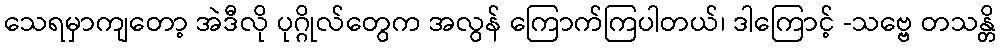
သေရမှာကျတော့ အဲဒီလို ပုဂ္ဂိုလ်တွေက အလွန် ကြောက်ကြပါတယ်၊ ဒါကြောင့် -သဗ္ဗေ တသန္တိ